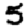
Digit: 5